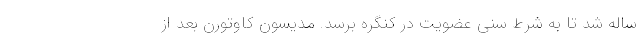
ساله شد تا به شرط سنی عضویت در کنگره برسد. مدیسون کاوتورن بعد از